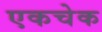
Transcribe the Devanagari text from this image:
एकचेक